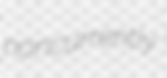
noncurrently